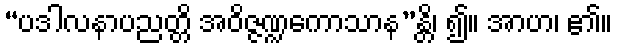
“ပဒါလနာပညတ္တိ အဝိဇ္ဇဏ္ဍကောသာန”န္တိ၊ ၍။ အာဟ၊ ၏။